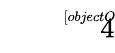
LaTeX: \sqrt[[objectObject]]{4}